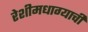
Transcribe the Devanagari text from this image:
रेशीमधाग्याची